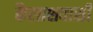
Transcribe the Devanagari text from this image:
कैलाशवासी